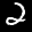
Label: 2